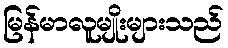
မြန်မာလူမျိုးများသည်